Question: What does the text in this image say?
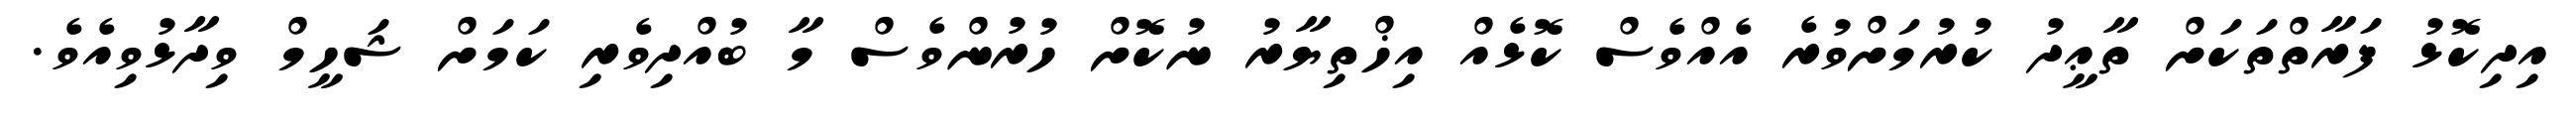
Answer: އިދިކޮޅު ފަރާތްތަކަށް ތާޢީދު ކުރުމަށްވުރެ އެއްވެސް ކޮޅެއް އިޚްތިޔާރު ނުކޮށް ހުރުންވެސް މާ ބުއްދިވެރި ކަމަށް ޝަހީމް ވިދާޅުވިއެވެ.